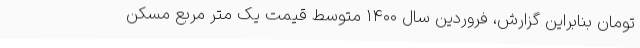
تومان بنابراین گزارش، فروردین سال ۱۴۰۰ متوسط قیمت یک متر مربع مسکن